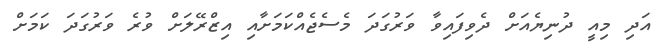
އަދި މިއީ ދުނިޔެއަށް ދެވިފައިވާ ވަރުގަދަ މެސެޖެއްކަމަށާއި އިޒްރޭލަށް ވުރެ ވަރުގަދަ ކަމަށް